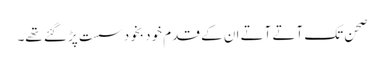
صحن تک آتے آتے ان کے قدم خود بخود سست پڑ گئے تھے۔